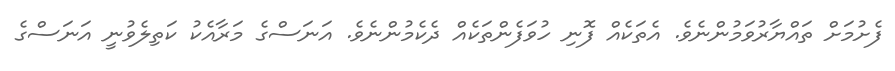
ފެށުމަށް ތައްޔާރުވަމުންނެވެ. އެތަކެއް ފޮނި ހުވަފެންތަކެއް ދެކެމުންނެވެ. އަނަސްގެ މަރާއެކު ކަތިލެވުނީ އަނަސްގެ